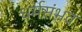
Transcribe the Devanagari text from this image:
धर्मसंभव